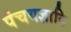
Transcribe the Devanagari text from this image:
पंचयज्ञादि